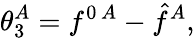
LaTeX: \theta_{3}^{A}=f^{0\, A}-\hat{f}^{A},